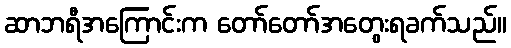
ဆာဘရီအကြောင်းက တော်တော်အတွေးရခက်သည်။